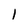
Character: 1